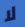
لا